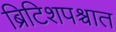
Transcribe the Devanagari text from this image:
ब्रिटिशपश्चात